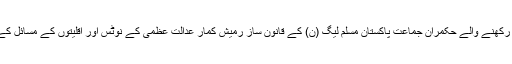
ہندو برادری سے تعلق رکھنے والے حکمران جماعت پاکستان مسلم لیگ (ن) کے قانون ساز رمیش کمار عدالت عظمیٰ کے نوٹس اور اقلیتوں کے مسائل کے بارے میں کہتے ہیں۔